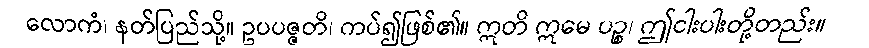
လောကံ၊ နတ်ပြည်သို့။ ဥပပဇ္ဇတိ၊ ကပ်၍ဖြစ်၏။ ဣတိ ဣမေ ပဉ္စ၊ ဤငါးပါးတို့တည်း။